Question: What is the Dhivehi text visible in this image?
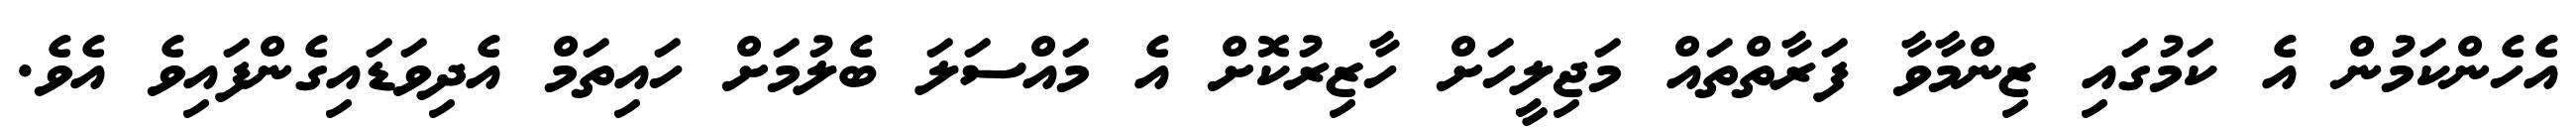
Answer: އެހެންކަމުން އެ ކަމުގައި ޒިންމާވާ ފަރާތްތައް މަޖިލީހަށް ހާޒިރުކޮށް އެ މައްސަލަ ބެލުމަށް ހައިތަމް އެދިވަޑައިގެންފައިވެ އެވެ.